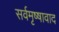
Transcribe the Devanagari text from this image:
सर्वमृष्षावाद